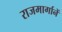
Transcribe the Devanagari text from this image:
राजमार्गानें